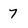
Character: 7